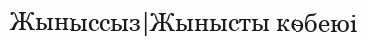
Жыныссыз|Жынысты көбеюі